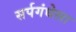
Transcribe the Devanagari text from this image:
सर्पगंधेला